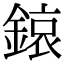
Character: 鎄